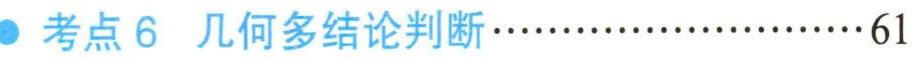
考点 6  几何多结论判断····························61